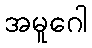
အမူဂေါ